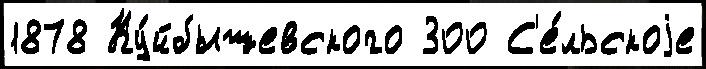
1878 Ку́йбышевского 300 С'е́льскоjе